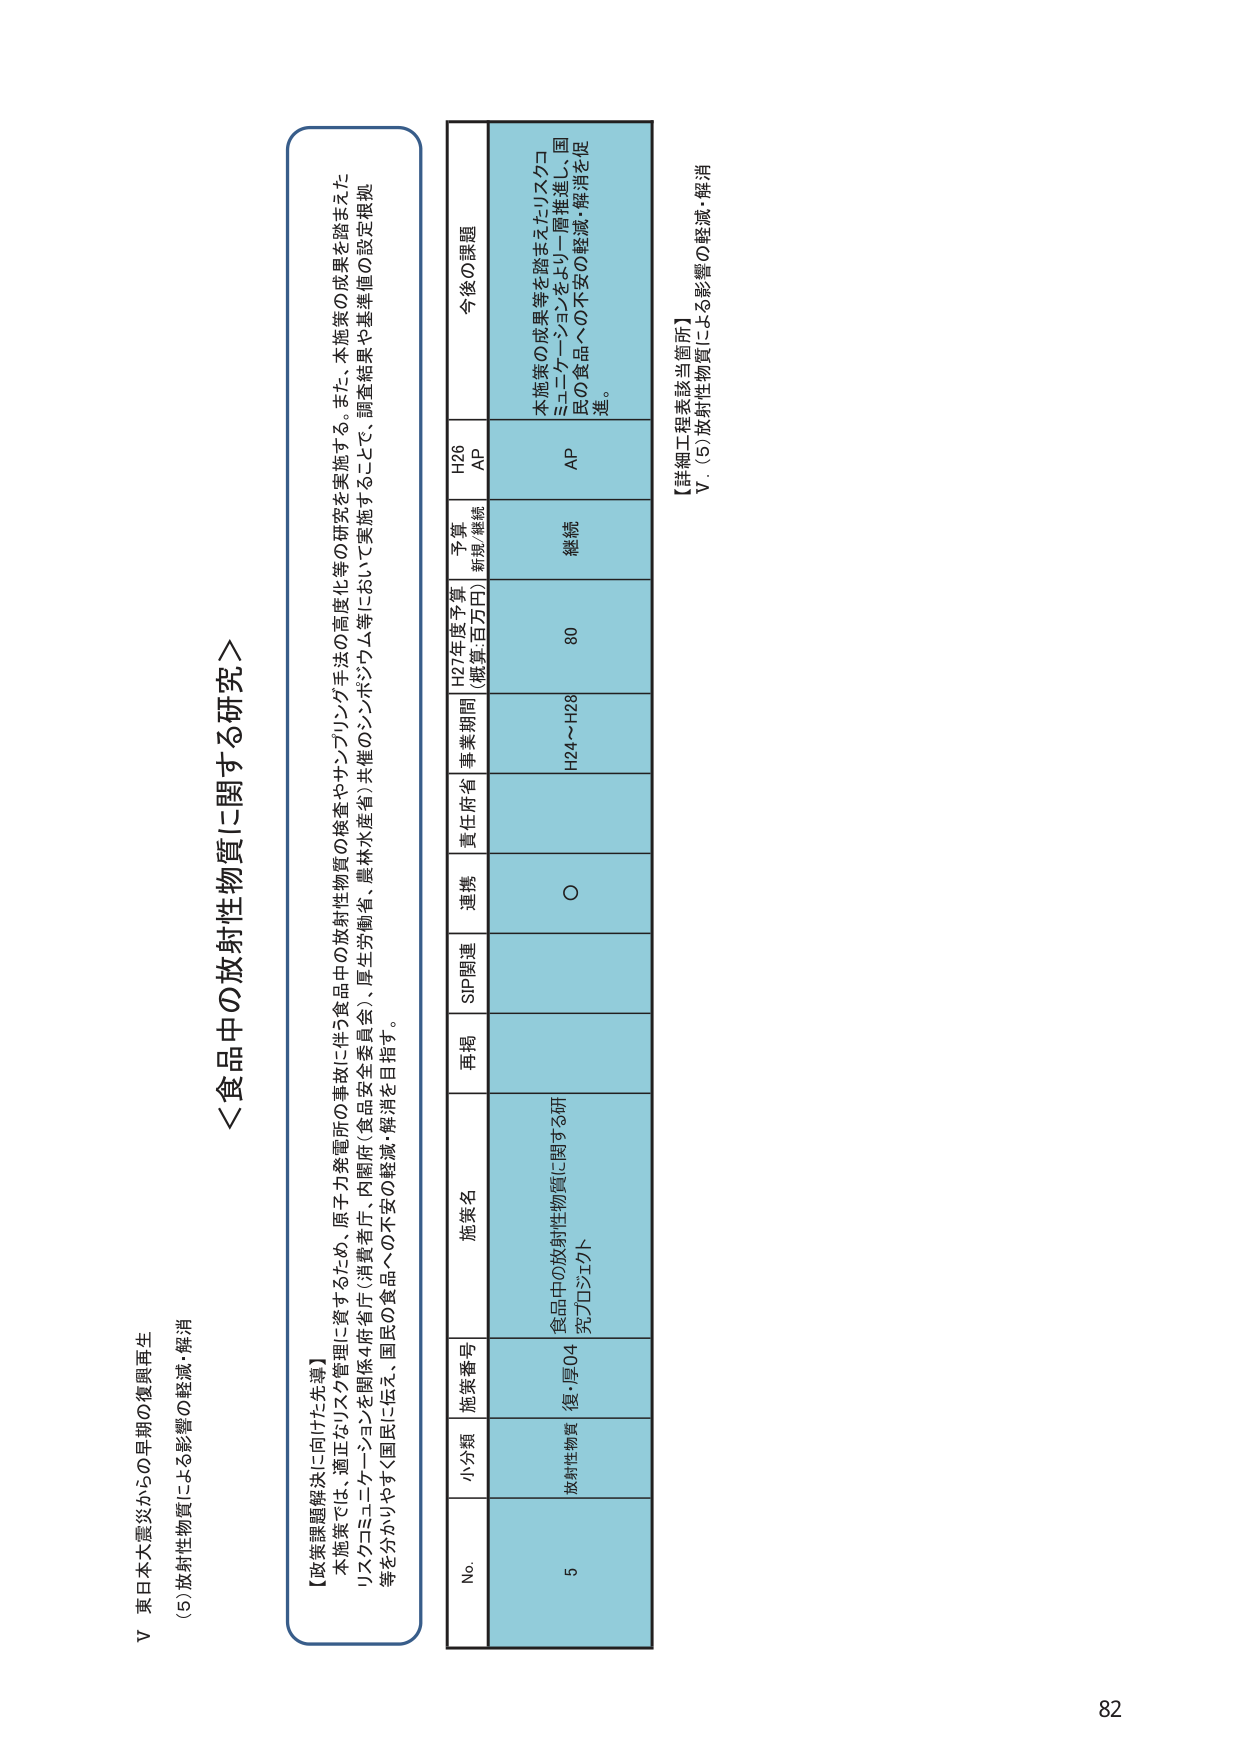
V 東日本大震災からの早期の復興再生
(5) 放射性物質による影響の軽減・解消

＜食品中の放射性物質に関する研究＞

【政策課題解決に向けた先導】
本施策では、適正なリスク管理に資するため、原子力発電所の事故に伴う食品中の放射性物質の検査やサンプリング手法の高度化等の研究を実施する。また、本施策の成果を踏まえたリスクコミュニケーションを関係4府省庁（消費者庁、内閣府（食品安全委員会）、厚生労働省、農林水産省）共催のシンポジウム等において実施することで、調査結果や基準値の設定根拠等を分かりやすく国民に伝え、国民の食品への不安の軽減・解消を目指す。

No. 小分類 施策番号 施策名 再掲 SIP関連 連携 責任府省 事業期間 H27年度予算 （概算:百万円） 予算 新規/継続 H26 AP 今後の課題
5 放射性物質 復・厚04 食品中の放射性物質に関する研究プロジェクト ○ H24～H28 80 継続 AP 本施策の成果等を踏まえたリスクコミュニケーションをより一層推進し、国民の食品への不安の軽減・解消を促進。

【詳細工程表該当箇所】
V. (5) 放射性物質による影響の軽減・解消

82